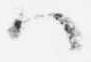
ハ